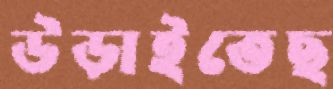
উড়াইতেছ